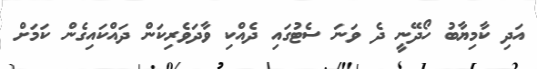
އަދި ކާމިޔާބު ހޯދޭނީ ދެ ވަނަ ސެޓުގައި ދެއްކި ވާދަވެރިކަން ދައްކައިގެން ކަމަށް